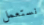
نستعمل